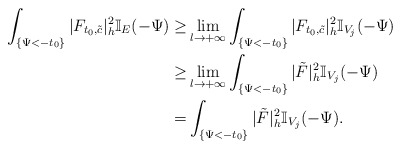
\begin{align*}\int_{ \{\Psi<-t_0\}}|F_{t_0,\tilde{c}}|^2_h\mathbb{I}_E(-\Psi)\ge&\lim_{l \to +\infty} \int_{ \{\Psi<-t_0\}}|F_{t_0,\tilde{c}}|^2_h\mathbb{I}_{V_j}(-\Psi)\\\ge&\lim_{l \to +\infty} \int_{ \{\Psi<-t_0\}}|\tilde F|^2_h\mathbb{I}_{V_j}(-\Psi)\\=& \int_{ \{\Psi<-t_0\}}|\tilde F|^2_h\mathbb{I}_{V_j}(-\Psi).\end{align*}